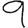
Digit: 9